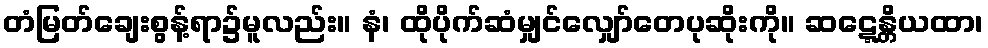
တံမြတ်ချေးစွန့်ရာ၌မူလည်း။ နံ၊ ထိုပိုက်ဆံမျှင်လျှော်တေပုဆိုးကို။ ဆဋ္ဋေန္တိယထာ၊